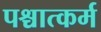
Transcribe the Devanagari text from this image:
पश्चात्कर्म